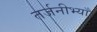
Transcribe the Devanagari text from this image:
तर्जनीभ्याँ